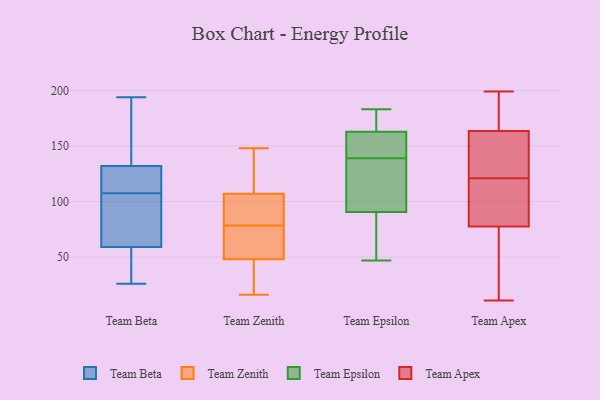
{"axis": {"x": "Net Income (USD K)", "y": "Value"}, "legend": ["Team Apex", "Team Beta", "Team Epsilon", "Team Zenith"], "data": [{"x": "", "y": 123, "type": "Team Beta"}, {"x": "", "y": 110, "type": "Team Beta"}, {"x": "", "y": 120, "type": "Team Beta"}, {"x": "", "y": 30, "type": "Team Beta"}, {"x": "", "y": 100, "type": "Team Beta"}, {"x": "", "y": 35, "type": "Team Beta"}, {"x": "", "y": 85, "type": "Team Beta"}, {"x": "", "y": 185, "type": "Team Beta"}, {"x": "", "y": 109, "type": "Team Beta"}, {"x": "", "y": 106, "type": "Team Beta"}, {"x": "", "y": 61, "type": "Team Beta"}, {"x": "", "y": 194, "type": "Team Beta"}, {"x": "", "y": 139, "type": "Team Beta"}, {"x": "", "y": 163, "type": "Team Beta"}, {"x": "", "y": 59, "type": "Team Beta"}, {"x": "", "y": 37, "type": "Team Beta"}, {"x": "", "y": 26, "type": "Team Beta"}, {"x": "", "y": 132, "type": "Team Beta"}, {"x": "", "y": 16, "type": "Team Zenith"}, {"x": "", "y": 48, "type": "Team Zenith"}, {"x": "", "y": 120, "type": "Team Zenith"}, {"x": "", "y": 107, "type": "Team Zenith"}, {"x": "", "y": 100, "type": "Team Zenith"}, {"x": "", "y": 46, "type": "Team Zenith"}, {"x": "", "y": 77, "type": "Team Zenith"}, {"x": "", "y": 67, "type": "Team Zenith"}, {"x": "", "y": 148, "type": "Team Zenith"}, {"x": "", "y": 80, "type": "Team Zenith"}, {"x": "", "y": 125, "type": "Team Epsilon"}, {"x": "", "y": 79, "type": "Team Epsilon"}, {"x": "", "y": 139, "type": "Team Epsilon"}, {"x": "", "y": 179, "type": "Team Epsilon"}, {"x": "", "y": 126, "type": "Team Epsilon"}, {"x": "", "y": 166, "type": "Team Epsilon"}, {"x": "", "y": 153, "type": "Team Epsilon"}, {"x": "", "y": 183, "type": "Team Epsilon"}, {"x": "", "y": 47, "type": "Team Epsilon"}, {"x": "", "y": 139, "type": "Team Epsilon"}, {"x": "", "y": 76, "type": "Team Epsilon"}, {"x": "", "y": 116, "type": "Team Apex"}, {"x": "", "y": 167, "type": "Team Apex"}, {"x": "", "y": 11, "type": "Team Apex"}, {"x": "", "y": 157, "type": "Team Apex"}, {"x": "", "y": 195, "type": "Team Apex"}, {"x": "", "y": 20, "type": "Team Apex"}, {"x": "", "y": 75, "type": "Team Apex"}, {"x": "", "y": 199, "type": "Team Apex"}, {"x": "", "y": 121, "type": "Team Apex"}, {"x": "", "y": 121, "type": "Team Apex"}, {"x": "", "y": 80, "type": "Team Apex"}, {"x": "", "y": 123, "type": "Team Apex"}, {"x": "", "y": 175, "type": "Team Apex"}, {"x": "", "y": 160, "type": "Team Apex"}, {"x": "", "y": 91, "type": "Team Apex"}, {"x": "", "y": 15, "type": "Team Apex"}]}